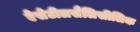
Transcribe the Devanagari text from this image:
ऐसेटीलसैलिसीलिक